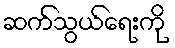
ဆက်သွယ်ရေးကို